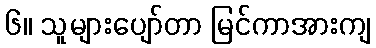
၆။ သူများပျော်တာ မြင်ကာအားကျ